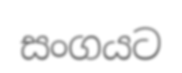
සංගයට